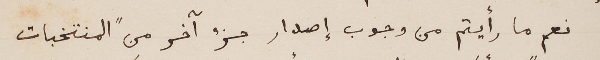
نعم ما رأيتم من وجوب إصدار جزء أخر من "المنتخبات